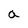
Character: a